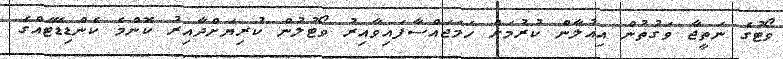
ވޯޓުގެ ނަތީޖާ ވަގުތުން އިއުލާން ކުރުމަށް ހަމަޖައްސާފައިވާއިރު ވޯޓުލުން ކުރިޔަށްދާއިރު ކޮންމެ ކެންޑިޑޭޓެއްގެ